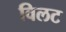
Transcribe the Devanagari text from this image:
विलट